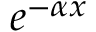
e ^ { - \alpha x }